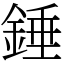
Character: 錘